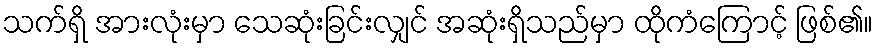
သက်ရှိ အားလုံးမှာ သေဆုံးခြင်းလျှင် အဆုံးရှိသည်မှာ ထိုကံကြောင့် ဖြစ်၏။